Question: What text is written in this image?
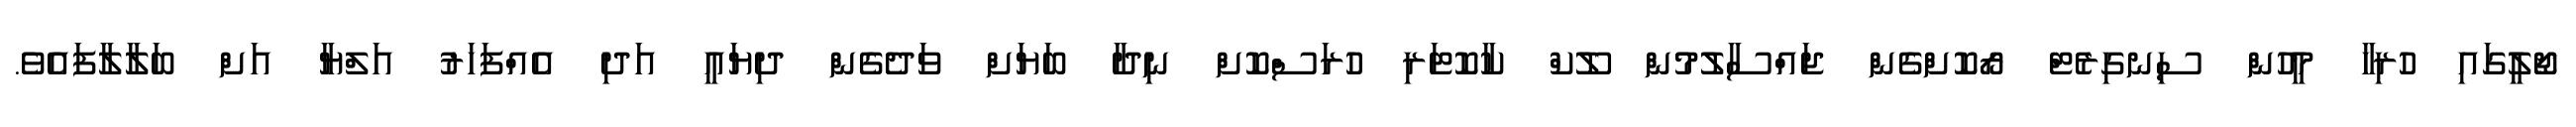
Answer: ޖޯލީގައި ހުރިހާ މީހުން ސިނގިރެޓް ރޯކޮށްގެން ޖައްސާލުމުން ލޫކް ކާކޮޓަރި ހުރަސްކޮށް ނިދާ ބަޔަށް ވަދެގެން ދިޔައީ އަދި އެއްފަހަރު އަލްޔާ އަށް ބަލާލާފައެވެ.